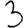
Digit: 3